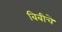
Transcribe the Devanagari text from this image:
बिबीचे